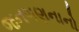
જનગણનાનો